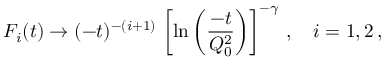
F _ { i } ( t ) \to ( - t ) ^ { - ( i + 1 ) } \, \left[ \ln \left( \frac { - t } { Q _ { 0 } ^ { 2 } } \right) \right] ^ { - \gamma } \, , \quad i = 1 , 2 \, ,